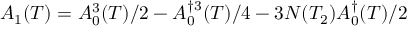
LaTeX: A _ { 1 } ( T ) = A _ { 0 } ^ { 3 } ( T ) / 2 - A _ { 0 } ^ { \dag 3 } ( T ) / 4 - 3 N ( T _ { 2 } ) A _ { 0 } ^ { \dag } ( T ) / 2